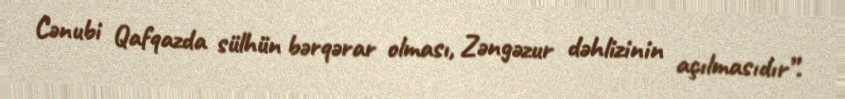
Cənubi Qafqazda sülhün bərqərar olması, Zəngəzur dəhlizinin açılmasıdır”.